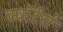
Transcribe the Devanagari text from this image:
क्वॉर्टर्स